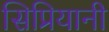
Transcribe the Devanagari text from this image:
सिप्रियानी